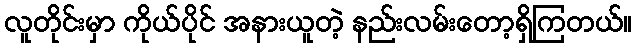
လူတိုင်းမှာ ကိုယ်ပိုင် အနားယူတဲ့ နည်းလမ်းတော့ရှိကြတယ်။